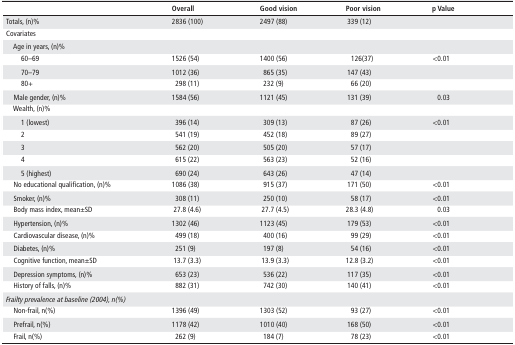
<table><thead><tr><td></td><td><b>Overall</b></td><td><b>Good vision</b></td><td><b>Poor vision</b></td><td><b>p Value</b></td></tr></thead><tbody><tr><td>Totals, (n)%</td><td>2836 (100)</td><td>2497 (88)</td><td>339 (12)</td><td></td></tr><tr><td>Covariates</td><td></td><td></td><td></td><td></td></tr><tr><td> Age in years, (n)%</td><td></td><td></td><td></td><td></td></tr><tr><td>60–69</td><td>1526 (54)</td><td>1400 (56)</td><td>126(37)</td><td>&lt;0.01</td></tr><tr><td>70–79</td><td>1012 (36)</td><td>865 (35)</td><td>147 (43)</td><td></td></tr><tr><td>80+</td><td>298 (11)</td><td>232 (9)</td><td>66 (20)</td><td></td></tr><tr><td> Male gender, (n)%</td><td>1584 (56)</td><td>1121 (45)</td><td>131 (39)</td><td>0.03</td></tr><tr><td> Wealth, (n)%</td><td></td><td></td><td></td><td></td></tr><tr><td>1 (lowest)</td><td>396 (14)</td><td>309 (13)</td><td>87 (26)</td><td>&lt;0.01</td></tr><tr><td>2</td><td>541 (19)</td><td>452 (18)</td><td>89 (27)</td><td></td></tr><tr><td>3</td><td>562 (20)</td><td>505 (20)</td><td>57 (17)</td><td></td></tr><tr><td>4</td><td>615 (22)</td><td>563 (23)</td><td>52 (16)</td><td></td></tr><tr><td>5 (highest)</td><td>690 (24)</td><td>643 (26)</td><td>47 (14)</td><td></td></tr><tr><td> No educational qualification, (n)%</td><td>1086 (38)</td><td>915 (37)</td><td>171 (50)</td><td>&lt;0.01</td></tr><tr><td> Smoker, (n)%</td><td>308 (11)</td><td>250 (10)</td><td>58 (17)</td><td>&lt;0.01</td></tr><tr><td> Body mass index, mean±SD</td><td>27.8 (4.6)</td><td>27.7 (4.5)</td><td>28.3 (4.8)</td><td>0.03</td></tr><tr><td> Hypertension, (n)%</td><td>1302 (46)</td><td>1123 (45)</td><td>179 (53)</td><td>&lt;0.01</td></tr><tr><td> Cardiovascular disease, (n)%</td><td>499 (18)</td><td>400 (16)</td><td>99 (29)</td><td>&lt;0.01</td></tr><tr><td> Diabetes, (n)%</td><td>251 (9)</td><td>197 (8)</td><td>54 (16)</td><td>&lt;0.01</td></tr><tr><td> Cognitive function, mean±SD</td><td>13.7 (3.3)</td><td>13.9 (3.3)</td><td>12.8 (3.2)</td><td>&lt;0.01</td></tr><tr><td> Depression symptoms, (n)%</td><td>653 (23)</td><td>536 (22)</td><td>117 (35)</td><td>&lt;0.01</td></tr><tr><td> History of falls, (n)%</td><td>882 (31)</td><td>742 (30)</td><td>140 (41)</td><td>&lt;0.01</td></tr><tr><td colspan="2"><i>Frailty prevalence at baseline (2004), n(%)</i></td><td></td><td></td><td></td></tr><tr><td> Non-frail, n(%)</td><td>1396 (49)</td><td>1303 (52)</td><td>93 (27)</td><td>&lt;0.01</td></tr><tr><td> Prefrail, n(%)</td><td>1178 (42)</td><td>1010 (40)</td><td>168 (50)</td><td>&lt;0.01</td></tr><tr><td> Frail, n(%)</td><td>262 (9)</td><td>184 (7)</td><td>78 (23)</td><td>&lt;0.01</td></tr></tbody></table>